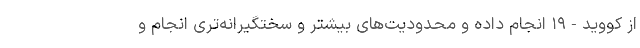
از کووید-۱۹ انجام داده و محدودیت‌های بیشتر و سختگیرانه‌تری انجام و